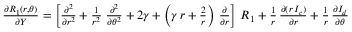
\begin{array} { r } { { \frac { \partial R _ { 1 } ( r , \theta ) } { \partial Y } } = \left[ { \frac { \partial ^ { 2 } } { \partial r ^ { 2 } } } + { \frac { 1 } { r ^ { 2 } } } \; { \frac { \partial ^ { 2 } } { \partial \theta ^ { 2 } } } + 2 \gamma + \left( \gamma \, r + { \frac { 2 } { r } } \right) \, { \frac { \partial } { \partial r } } \right] \, R _ { 1 } + { \frac { 1 } { r } } \, { \frac { \partial ( r \, I _ { c } ) } { \partial r } } + { \frac { 1 } { r } } \, { \frac { \partial I _ { d } } { \partial \theta } } } \end{array}